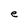
Character: e